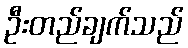
ဦးတည်ချက်သည်